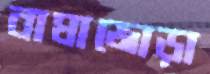
বাঘাজোড়া